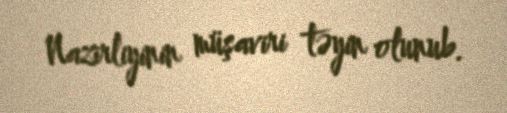
Nazirliyinin müşaviri təyin olunub.